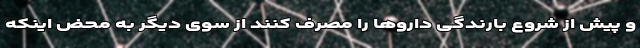
و پیش از شروع بارندگی‌ داروها را مصرف کنند از سوی دیگر به محض اینکه